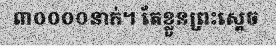
៣០០០០នាក់។ តែខ្លួនព្រះស្តេច